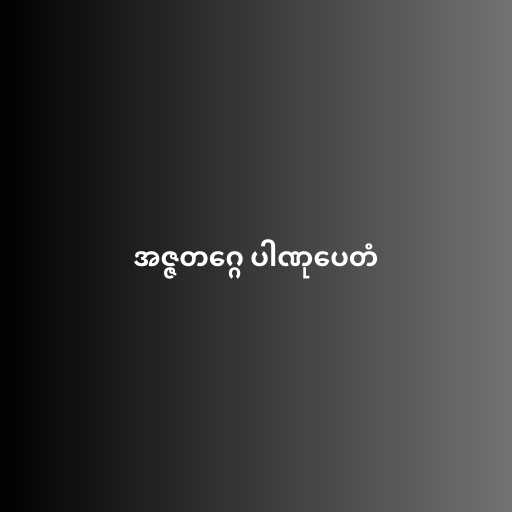
အဇ္ဇတဂ္ဂေ ပါဏုပေတံ